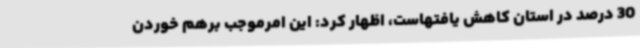
30 درصد در استان کاهش یافتهاست، اظهار کرد: این امرموجب برهم خوردن